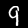
Digit: 9